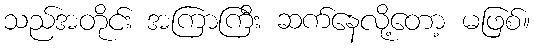
သည်အတိုင်း အကြာကြီး ဆက်နေလို့တော့ မဖြစ်။